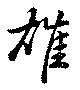
雄